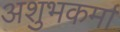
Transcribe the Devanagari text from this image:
अशुभकर्मा